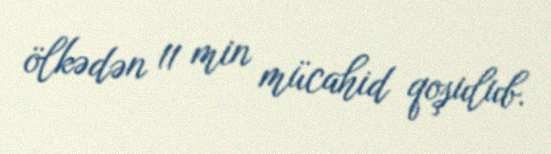
ölkədən 11 min mücahid qoşulub.